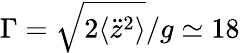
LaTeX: \Gamma=\sqrt{2\langle\ddot{z}^{2}\rangle}/g\simeq 18